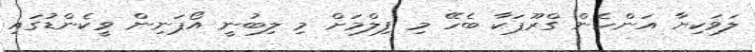
ލަވަކިޔާ އަންހެން ގްރޫޕަކާ ބެހޭ މި ފިލްމަށް މި ލިބުނީ އޯޕަނިން ވީކެންޑުގައި